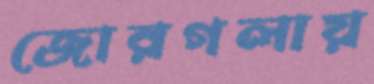
জোরগলায়